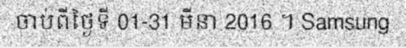
ចាប់ពីថ្ងៃទី 01-31 មីនា 2016 ។ Samsung